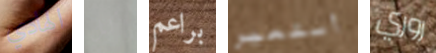
الهادي كل براعم أستعير روري